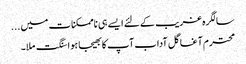
سالگرہ غریب کےلئے ایسے ہی ناممکنات میں ...
محترم آغا گل آداب آپ کا بھیجا ہوا سنگت ملا۔